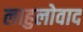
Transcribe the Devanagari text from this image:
लाहुलोवाद